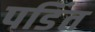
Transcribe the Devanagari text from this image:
पडिंत